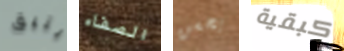
يتبق الصفاء يحسن كبقية